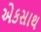
એકસાથ